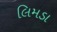
લિમડા